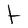
Character: t